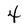
Character: 4